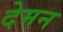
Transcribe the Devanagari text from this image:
देमन